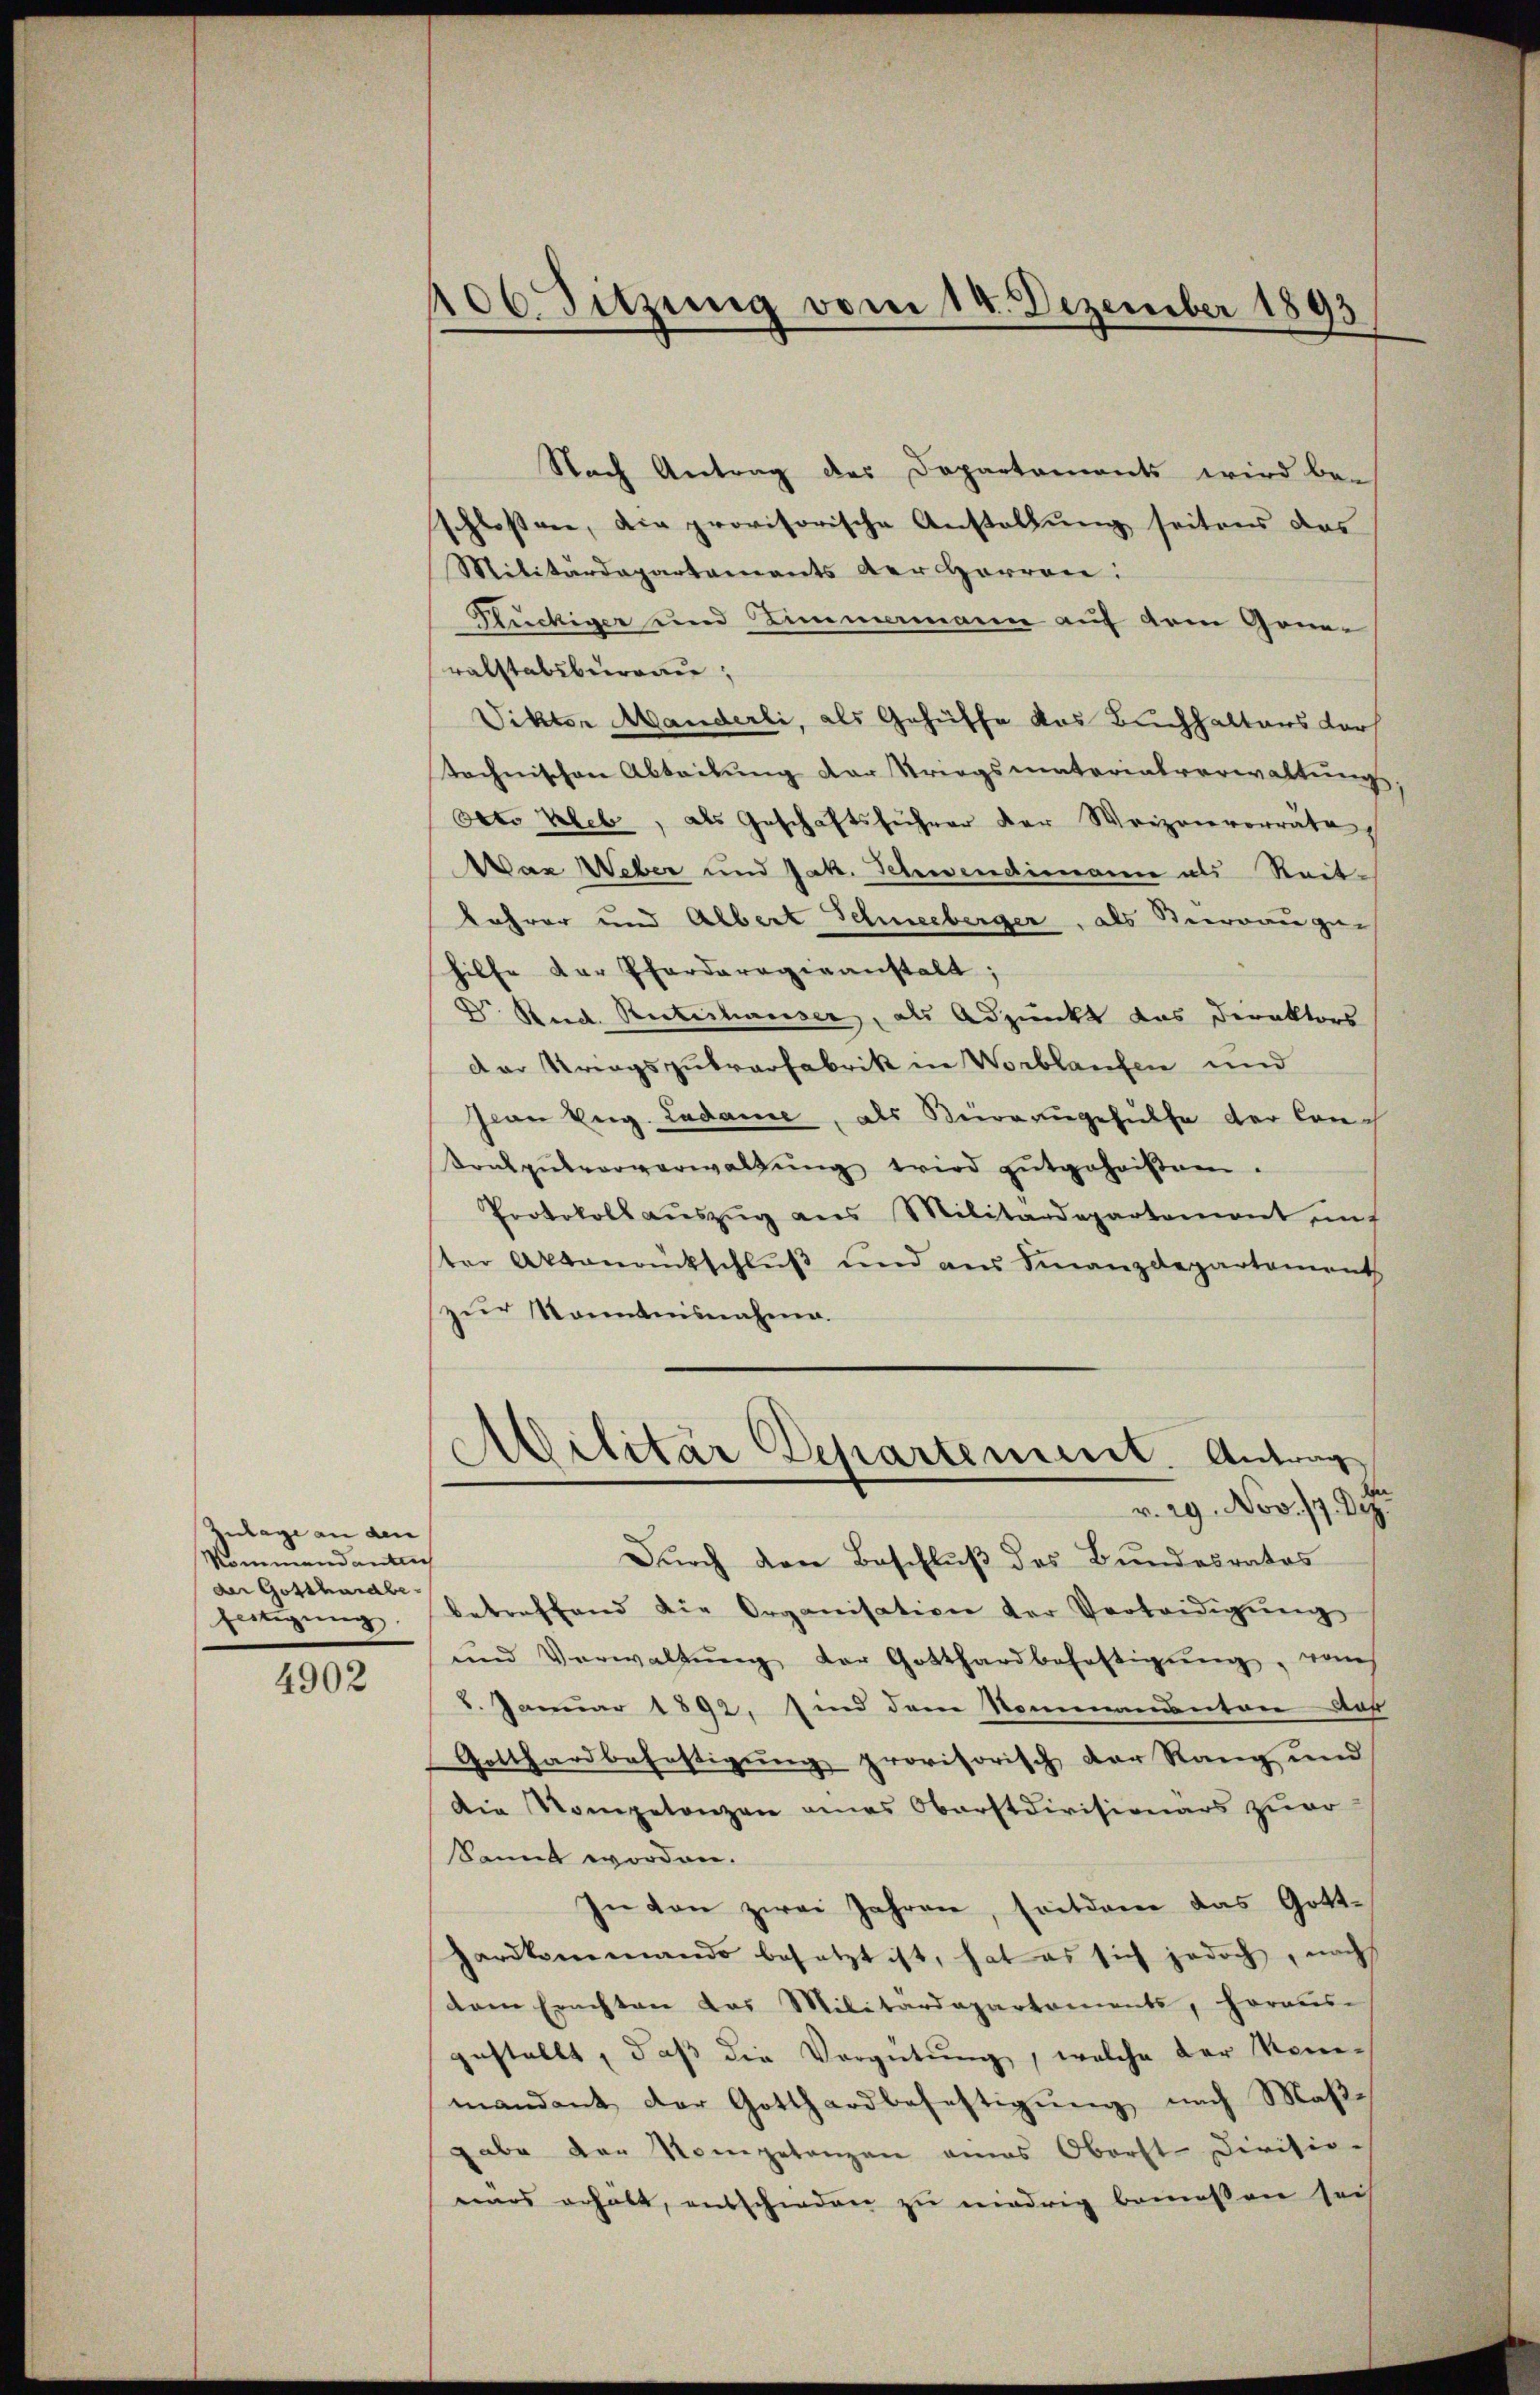
Zulage an den
Mommandante
der Gotthardbe
fertigung

4902

06. Sitzung vom 14. Dezember 1893

Nach Antrag des Departements wird beschloßen, die provisorische Anstallung seitens das
Militärdepartaments der Harroie:
Suchiger und Limmamann auf dem Generalstabsburgau,
Viktor Manderli, als Gehülfe das Buchhalters dor
technischen Abtribung der Striegsmaterialverwaltŭng
Otto kleb, als Geschäftsführer der Weizenvorräte
War Weber und Jak. Schwendimann als Reit-
Lehrer und Albert Schneeberger, als Verrauge-
hilfe der Pharderogieanstalt;
Dr. Rud. Rütishauser, als Adjunkt das Direktors
der Kriegszutrarfabrik in Worblaufen und
pian Berg. Ladame, als Beirazugehülfe der Lauch
Konpŭbvorverwaltŭng wird gutgeheißen.
Protokoll aŭszŭg ans Militärdepartement unt
ster Aktenrückschlŭβ und aus Finanzdepartement
zur Kenntnisnahme.
Ailitär Departement. Antrag
v. 29. Nov. 17. Dez.
Durch den Beschluß des Bundesrates
betreffend die Organisation der Verteidigŭng
und Verwaltŭng der Gotthardbehaltigŭng, vom
6. Januar 1892, sind dem Sommenanton, daß
Gotthardbahnstigung provisorisch der Rang und
Die Kompetenzen eines Oberstdivisionärs zuvo
kannt worden.
In von zwei Jahren, seitdem das Gotthardkommando besetzt ist, hat es sich jedoch, nach
dem Erachten das Militärdepartaments, heraus-
gestellt, daβ die Vergütŭng, welche der Kon-
mandant der Gotthardbefestigung nach Maßgabe der Nomgetanzen amas Oberst-Divisio-
eines erhält, entschieden zu niedrig bemessen sei